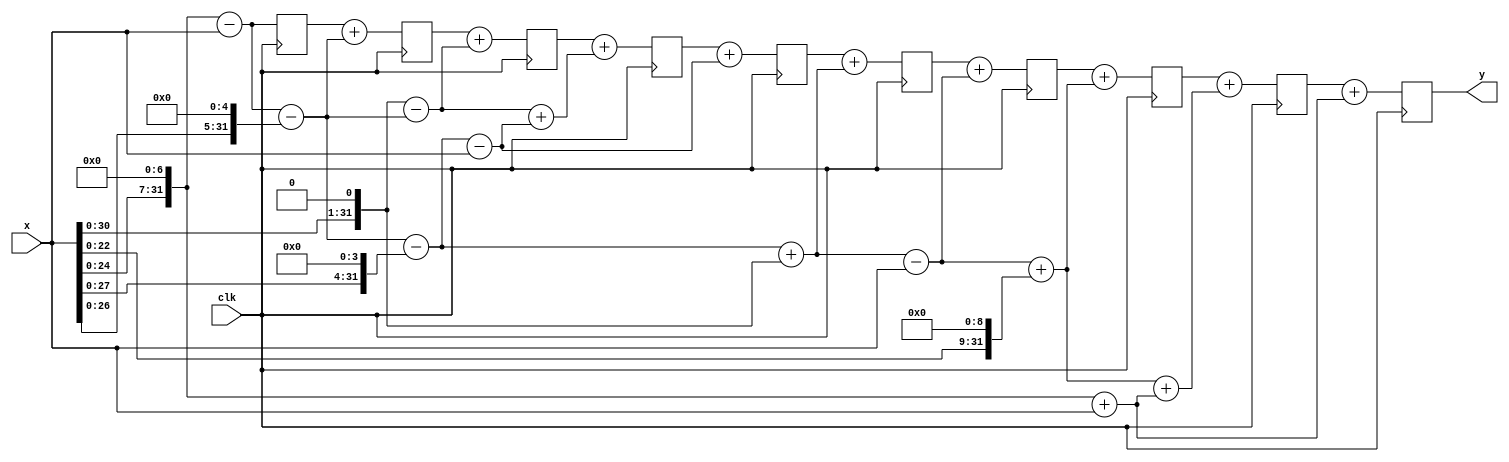
module fir(input [31:0]x, output [31:0]y, input clk); // 32 bit input,output
	reg [31:0] s1,s2,s3,s4,s5,s6,a1,a2,a3,a4,a5; // for inter connect transfers
	reg [31:0] d[9:0]; //used for delay [1/z]
	reg [31:0] sum[8:0]; // add previous time slot output to current slot
	
    // combinational logics: happens at x(n)
	always@(*)begin 
		s1 = (x << 7) - x;  //subracting x from x^128
		s2 = s1 - (x << 5); //subtracting x^32 from s1
		s3 = (x << 1) - s2; //subtracting s2 from x^2
		s4 = s2 - (x << 4); //subtracting x^16 from s2
		s5 = s4 - x;        //subtracting x from s4
		a1 = s4 + (x << 1); //adding x^128 and x
		s6 = a1 - x;        //subtracting x from a1
		a2 = s6 + (x << 9); //adding x^512 and s6
		a3 = (x << 7) + x;  //adding x^128 and x
		a4 = a2 + a3;       //adding a2 and a3
		a5 = s3 + s5;       //adding s3 and s5
	end
	
    // adds x(n-1) output to x(n)
	always@(*)begin
		sum[0] = d[0] + s2;
		sum[1] = d[1] + s3;
		sum[2] = d[2] + a5;
		sum[3] = d[3] + s5;
		sum[4] = d[4] + a1;
		sum[5] = d[5] + s6;
		sum[6] = d[6] + a2;
		sum[7] = d[7] + a4;
		sum[8] = d[8] + a3;
	end

    //synchronizes the output with respect to the clock as well as add delay	
	always@(posedge clk)begin
		d[0] <= s1;
		d[1] <= sum[0];
		d[2] <= sum[1];
		d[3] <= sum[2];
		d[4] <= sum[3];
		d[5] <= sum[4];
		d[6] <= sum[5];
		d[7] <= sum[6];
		d[8] <= sum[7];
		d[9] <= sum[8];
	end
	
	assign y = d[9]; // final output is transferred to the block output
	
endmodule